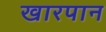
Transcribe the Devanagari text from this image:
खारपान